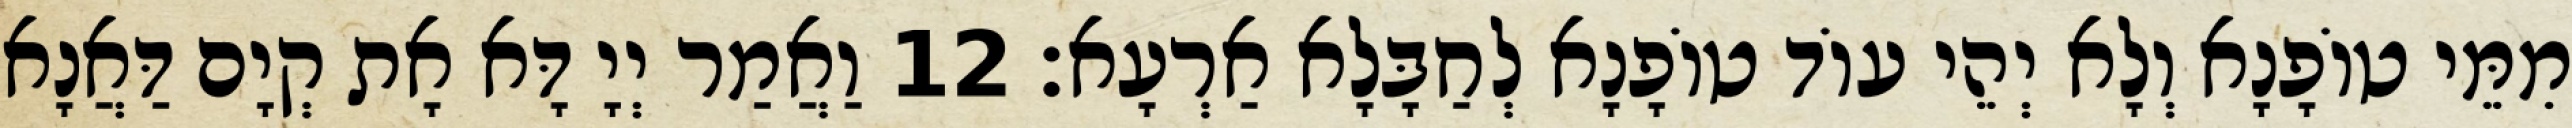
מִמֵּי טוֹפָנָא וְלָא יְהֵי עוֹד טוֹפָנָא לְחַבָּלָא אַרְעָא׃ 12 וַאֲמַר יְיָ דָּא אָת קְיָם דַּאֲנָא